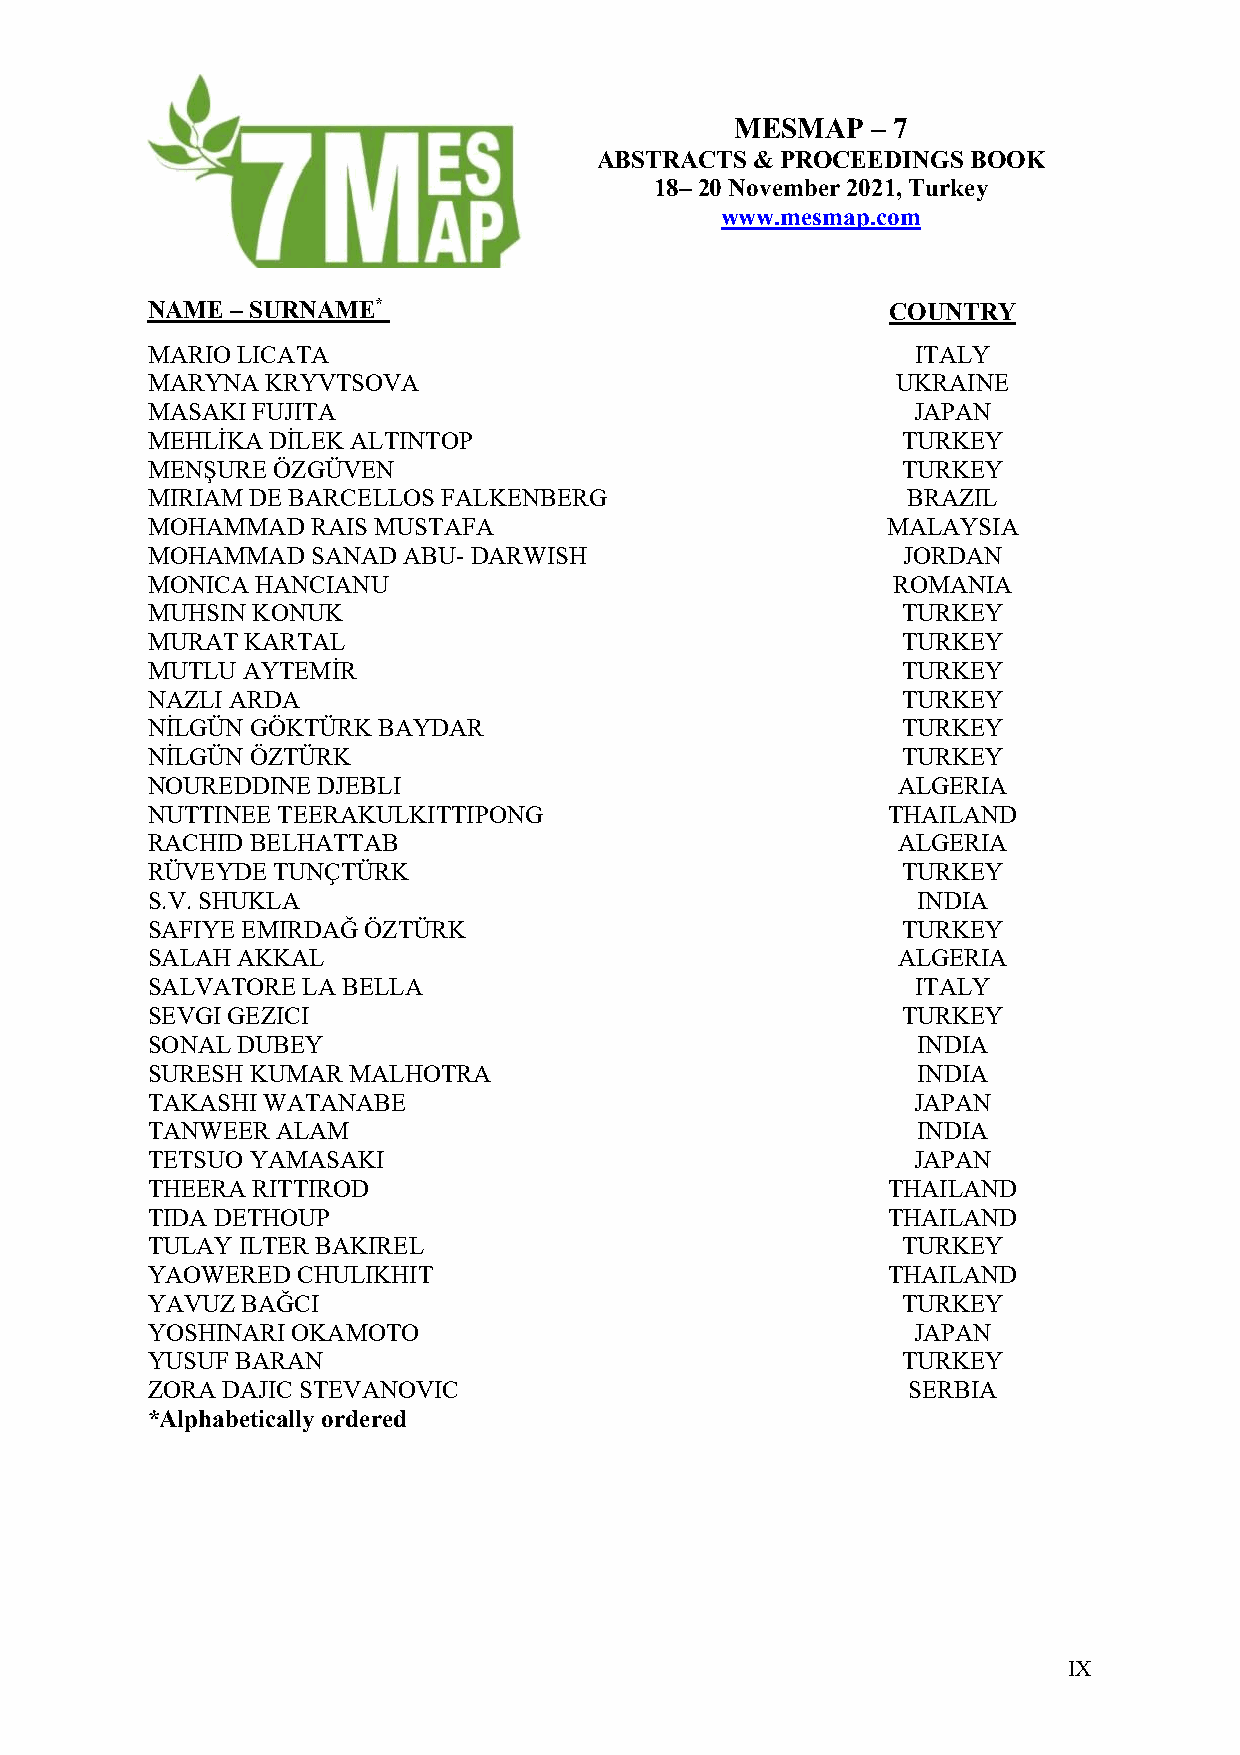
MESMAP   – 7
 ABSTRACTS & PROCEEDINGS BOOK
 18– 20 November 2021, Turkey
 www.mesmap.com
 NAME – SURNAME*                                  COUNTRY
 MARIO LICATA                                       ITALY
 MARYNA  KRYVTSOVA                                UKRAINE
 MASAKI FUJITA                                     JAPAN
 MEHLİKA DİLEK ALTINTOP                            TURKEY
 MENŞURE ÖZGÜVEN                                   TURKEY
 MIRIAM DE BARCELLOS FALKENBERG                    BRAZIL
 MOHAMMAD   RAIS MUSTAFA                          MALAYSIA
 MOHAMMAD   SANAD ABU- DARWISH                     JORDAN
 MONICA HANCIANU                                  ROMANIA
 MUHSIN KONUK                                      TURKEY
 MURAT KARTAL                                      TURKEY
 MUTLU AYTEMİR                                     TURKEY
 NAZLI ARDA                                        TURKEY
 NİLGÜN GÖKTÜRK BAYDAR                             TURKEY
 NİLGÜN ÖZTÜRK                                     TURKEY
 NOUREDDINE DJEBLI                                ALGERIA
 NUTTINEE TEERAKULKITTIPONG                       THAILAND
 RACHID BELHATTAB                                 ALGERIA
 RÜVEYDE TUNÇTÜRK                                  TURKEY
 S.V. SHUKLA                                        INDIA
 SAFIYE EMIRDAĞ ÖZTÜRK                             TURKEY
 SALAH AKKAL                                      ALGERIA
 SALVATORE LA BELLA                                 ITALY
 SEVGI GEZICI                                      TURKEY
 SONAL DUBEY                                        INDIA
 SURESH KUMAR MALHOTRA                              INDIA
 TAKASHI WATANABE                                  JAPAN
 TANWEER ALAM                                       INDIA
 TETSUO YAMASAKI                                   JAPAN
 THEERA RITTIROD                                  THAILAND
 TIDA DETHOUP                                     THAILAND
 TULAY ILTER BAKIREL                               TURKEY
 YAOWERED  CHULIKHIT                              THAILAND
 YAVUZ BAĞCI                                       TURKEY
 YOSHINARI OKAMOTO                                 JAPAN
 YUSUF BARAN                                       TURKEY
 ZORA DAJIC STEVANOVIC                             SERBIA
 *Alphabetically ordered
 IX